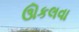
ઊકલવા